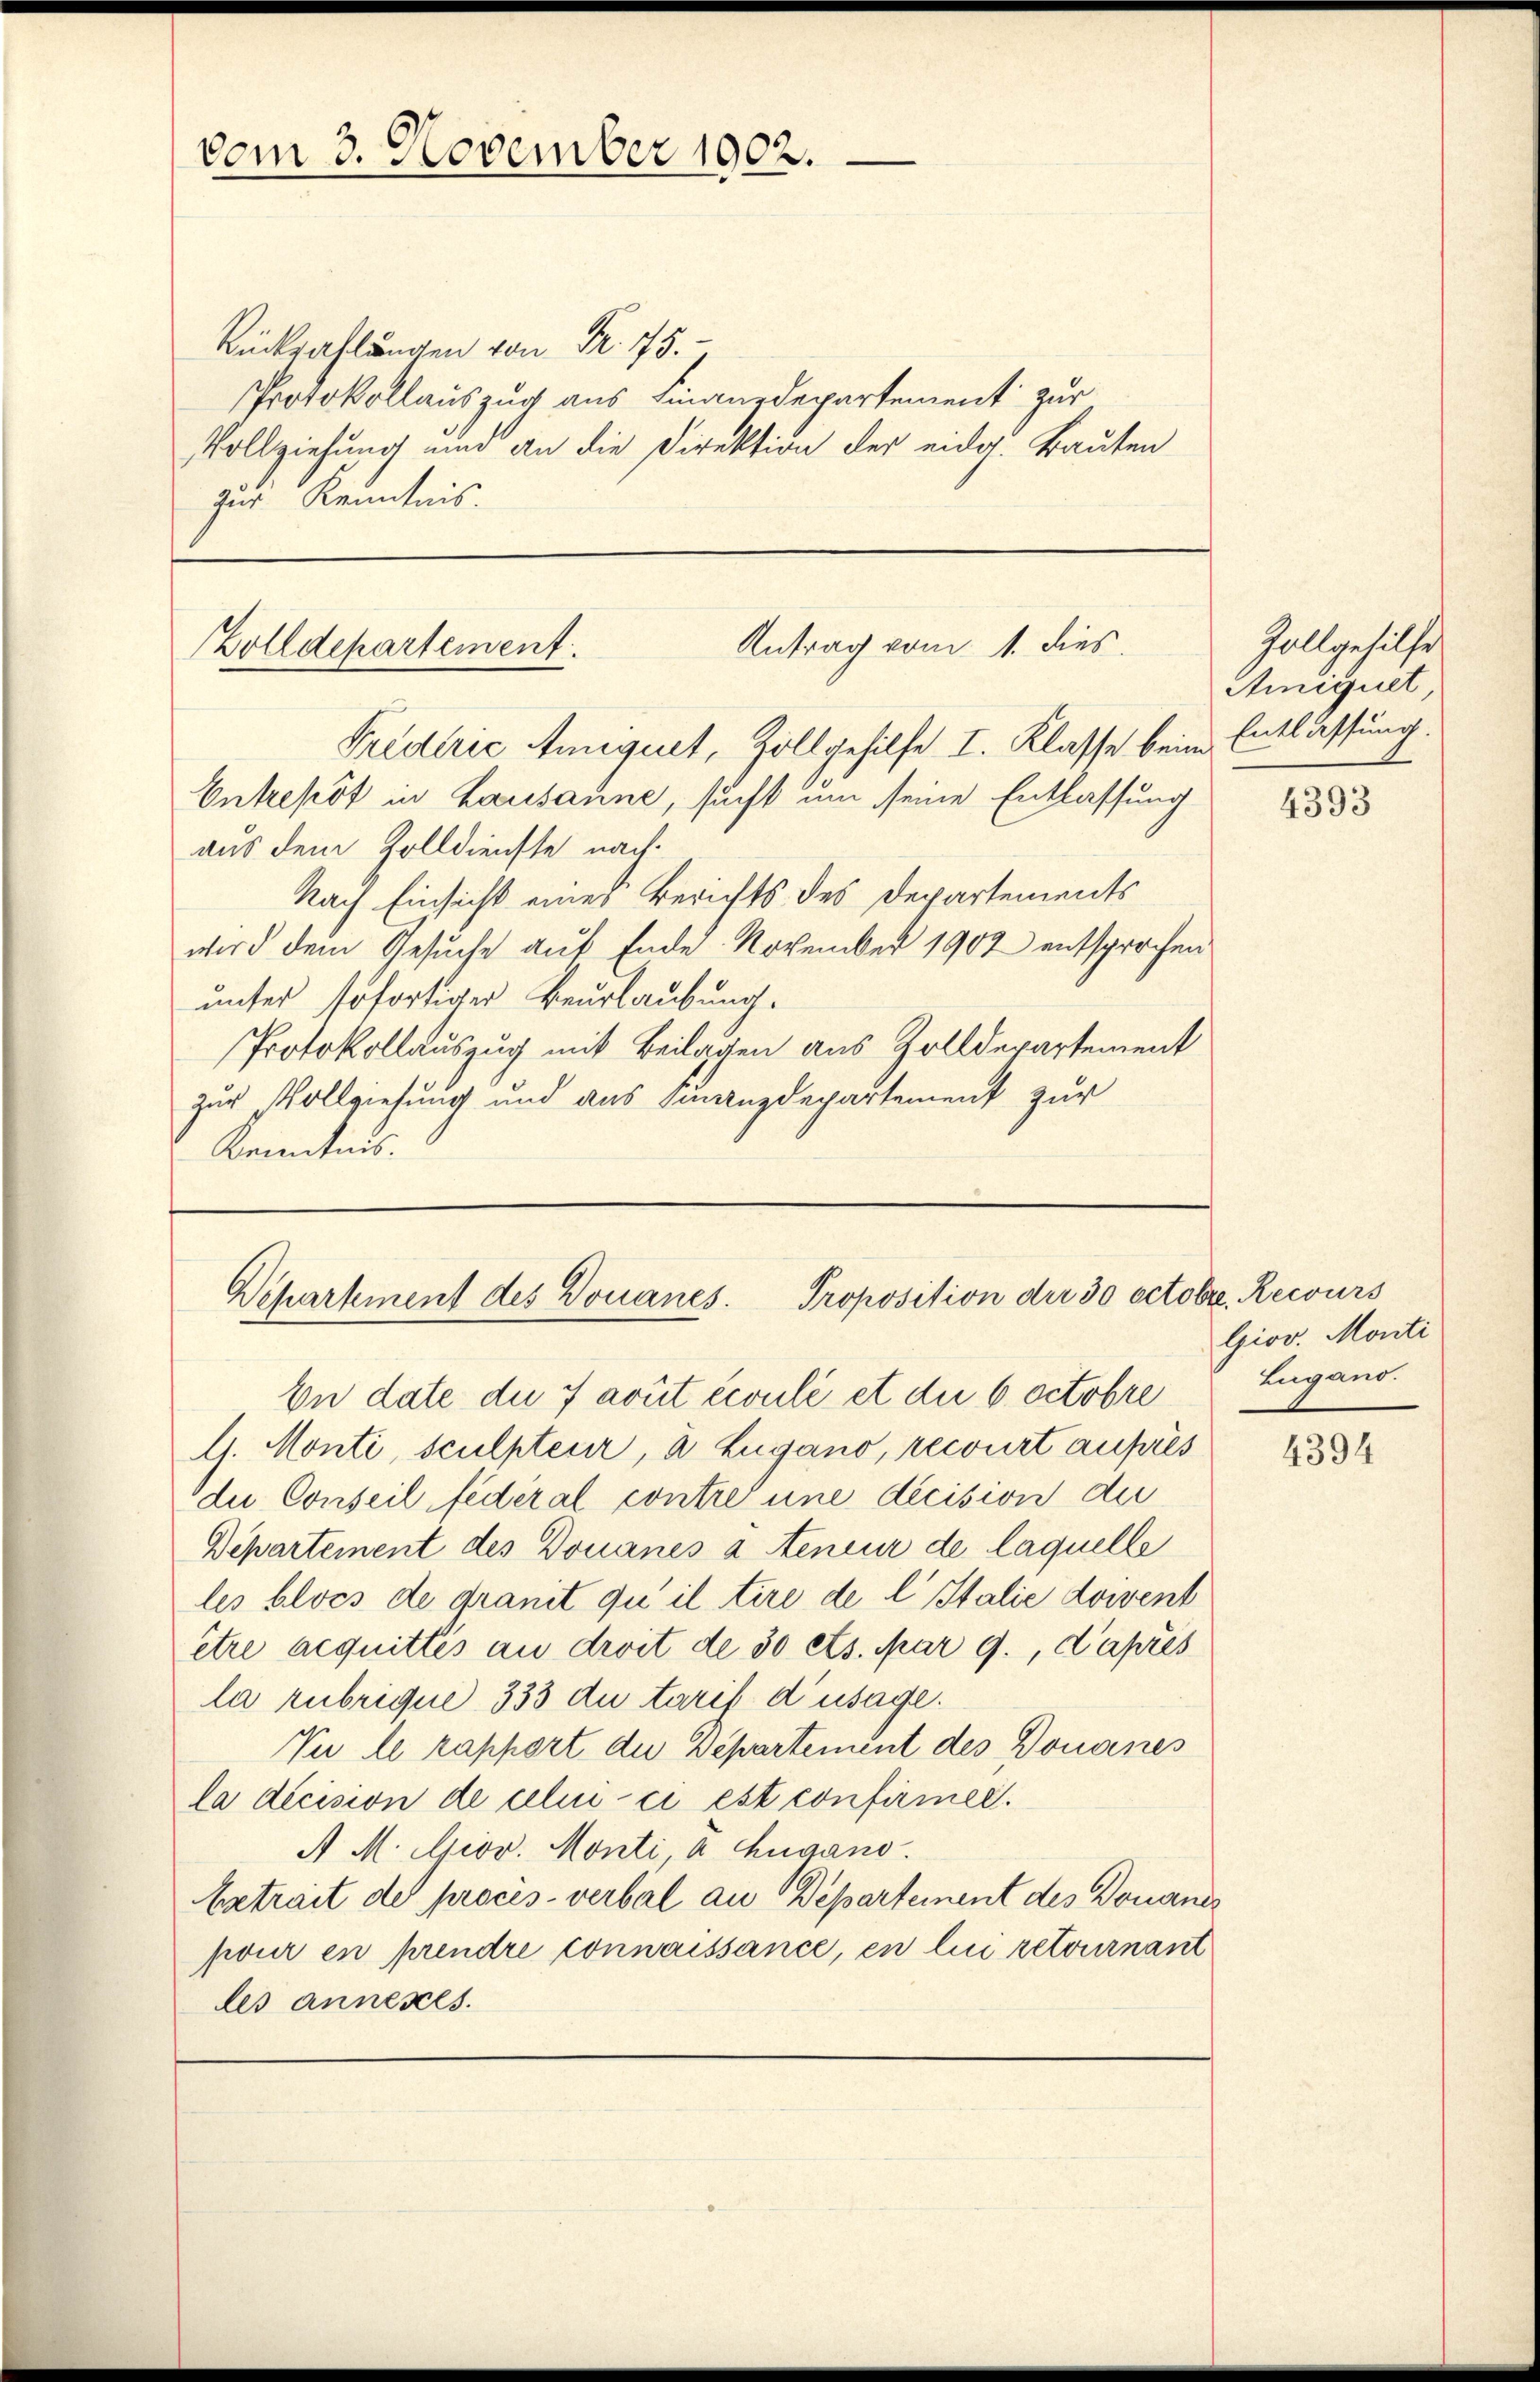
vom 3. November 1902.

Rückzahlungen von Fr. 75.
Protokollauszug aus Einanzdepartement zur
Vollziehung und an die Direktion der eidg. Bauten
zur Kenntnis.

Antrag vom 1. dies
Zolldepartement.
Priderić Amniquet, Zollgehilfe I. Klasse beim Entlassung.

Entrepot in Lausanne, sucht um seine Entlassung
aus dem Zolldienste nach¬
Nach Einsicht eines Berichts des Departements
wird dem Gesuche auf Ende. November 1902 entsprochen
unter sofortiger Beurlaubung.
Protokollauszug mit Beilagen aus Zolldepartement
zur Vollziehung und aus Finanzdepartement zur
Kenntnis.

Departement des Douanes. Proposition der 30 Octobr. Recours

En date die 7 avut écoulé et die 6. Octobre
G. Monti, sculpteur, 2 Lugano, recourt aufres
die Conseil federal contre une décision du
Departement des Douanés à teneur de laquelle
les bloss de granit qu’il tire de l Italie docent
être acquittes au droit de 30 es. Mar 9., Caprès
la rubrique 333 du tarif d’usage.
Vu le rapport die Departement des Donanes
la décision de celui-ci est confirmer.
A M. Giov. Monti, a ugano.
Extrait de procès-verbal an Departement des Donanz
pour en prendre connaissance, en lui retournant
les annenes.

Zollgehilfe
Ainiquet

4393

Giov. Monti
Lugano.

4394